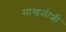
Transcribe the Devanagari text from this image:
साखळीशी